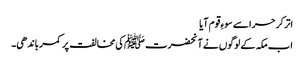
اتر کر حرا سے سوءِ قوم آیا
اب مکہ کے لوگوں نے آنحضرت ﷺکی مخالفت پر کمر باندھی۔